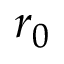
r _ { 0 }